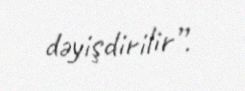
dəyişdirilir”.